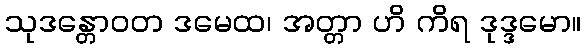
သုဒန္တောဝတ ဒမေထ၊ အတ္တာ ဟိ ကိရ ဒုဒ္ဒမော။